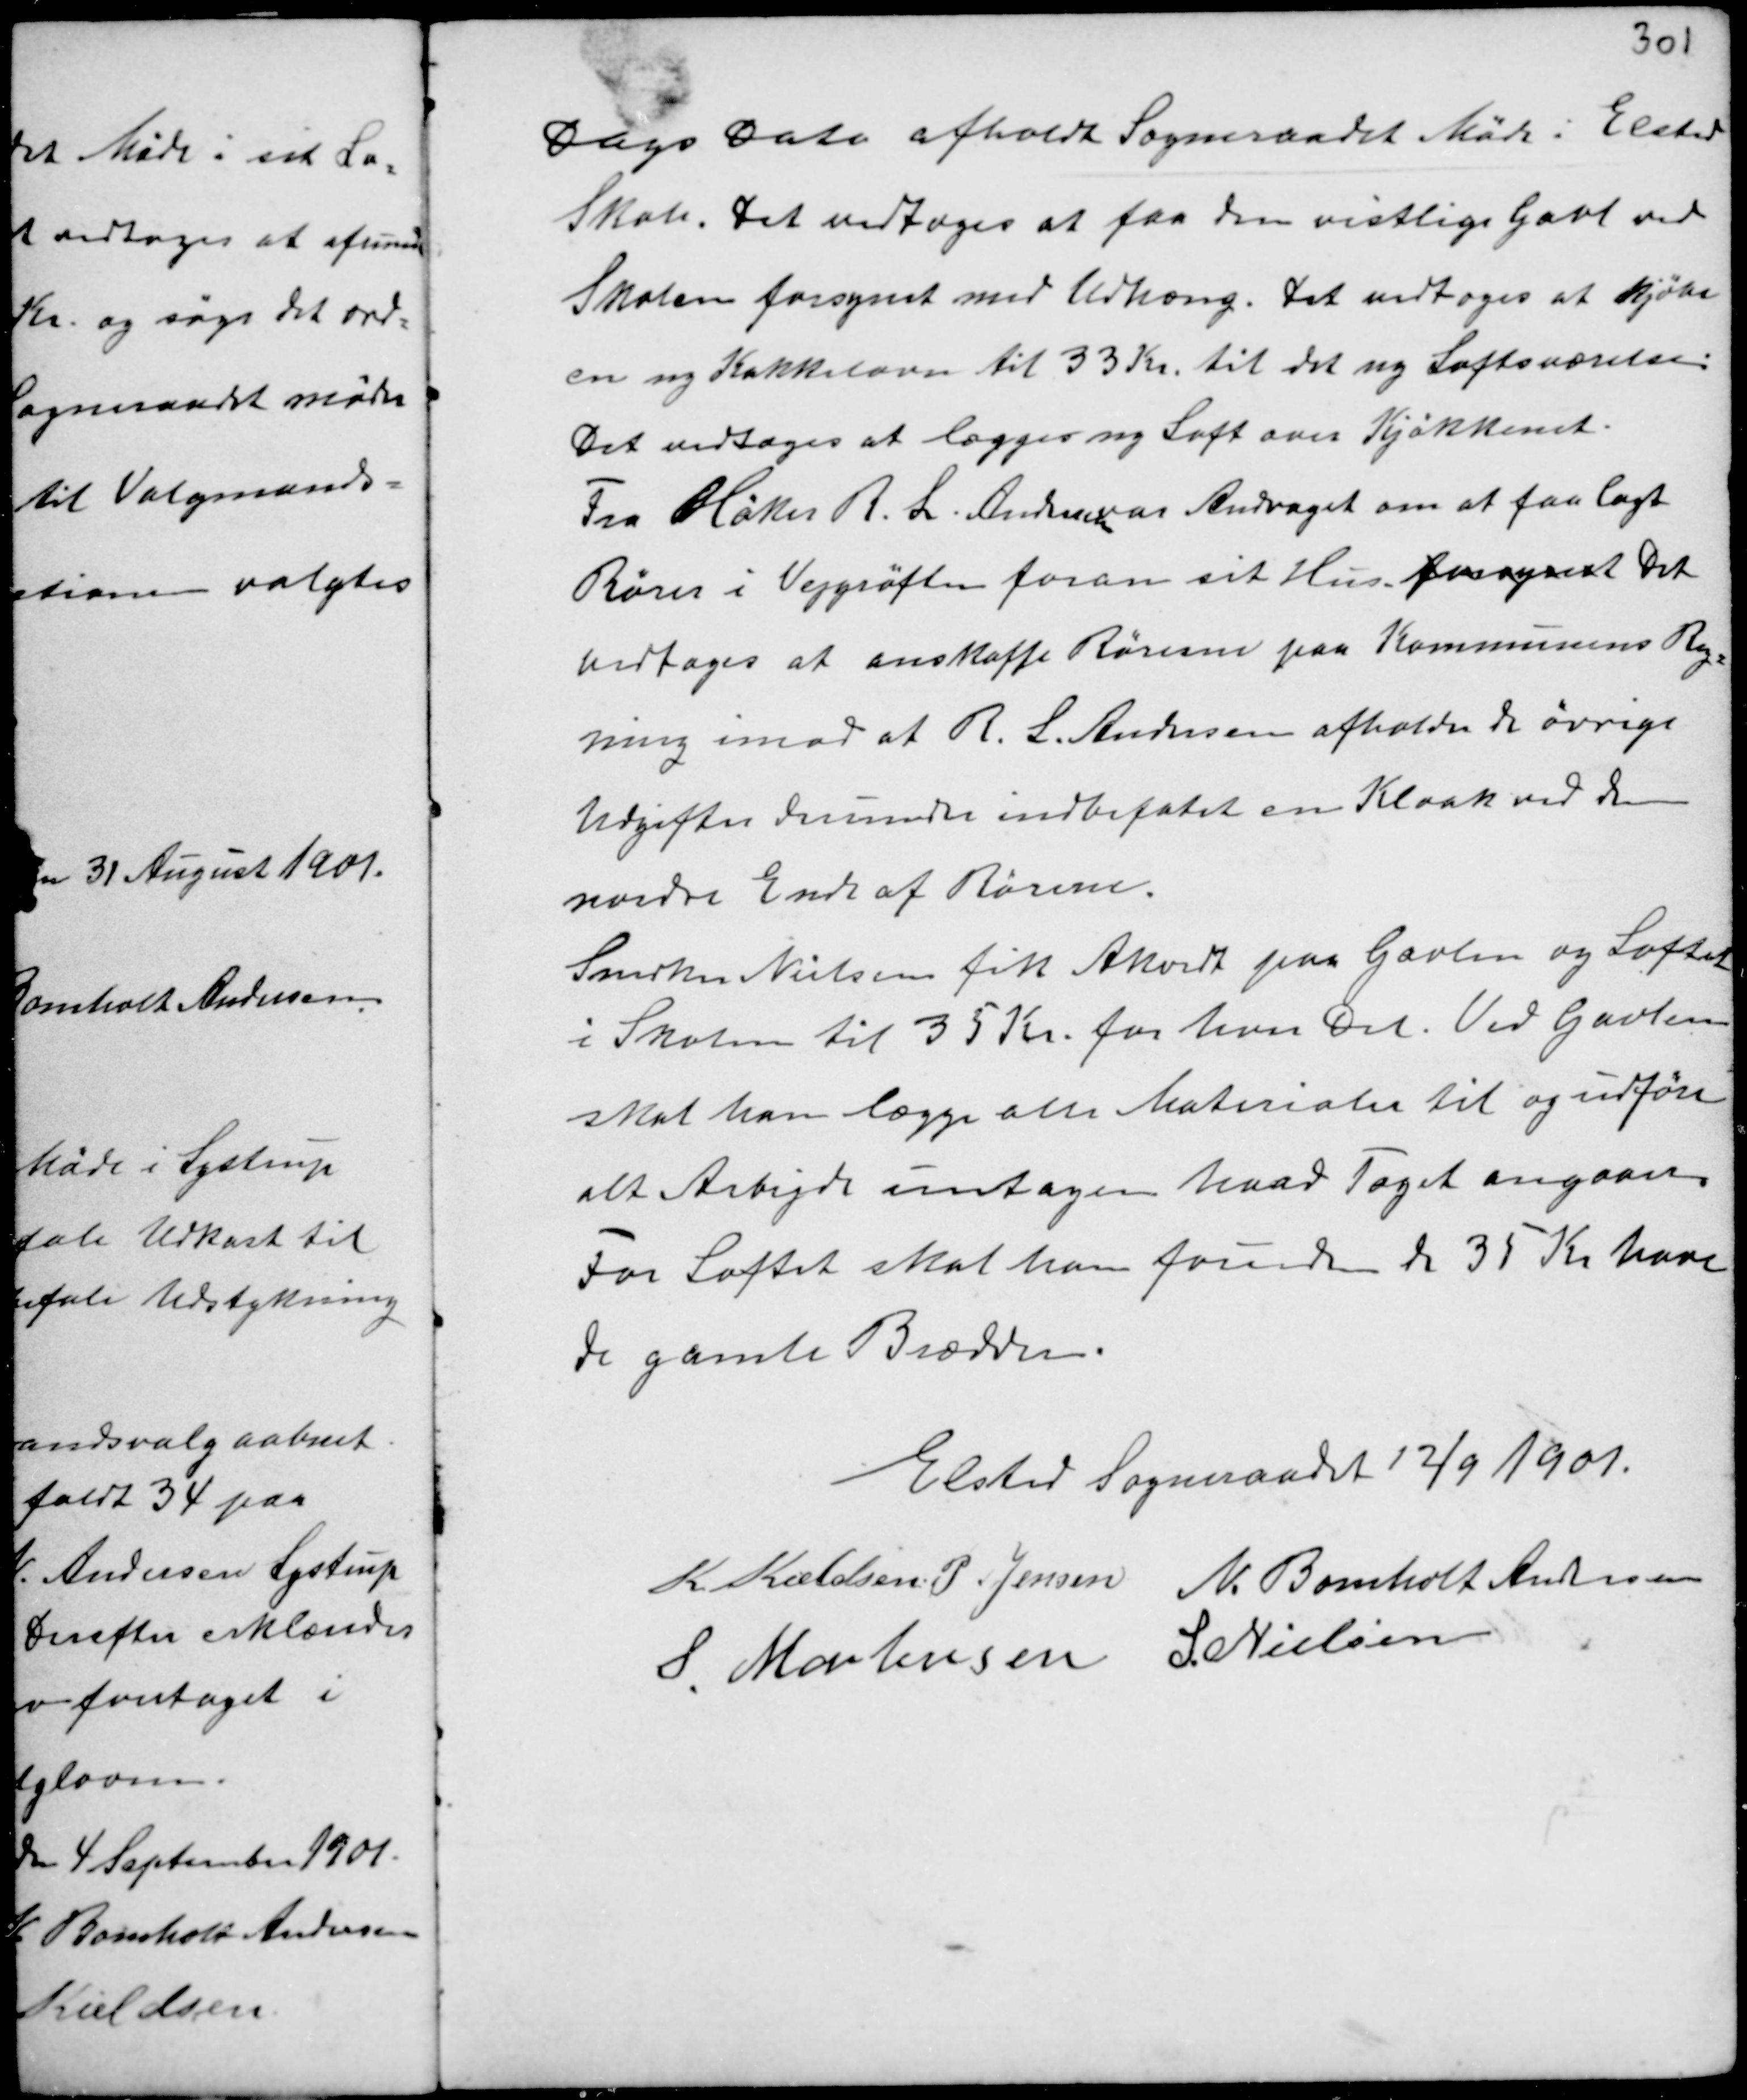
Transskription:
Dags Dato afholdt Sogneraadet Møde i Elsted
Skole. Det vedtoges at faa den vestlige Gavl ved
Skolen forsynet med Udhæng. Det vedtoges at kjøbe
en ny Kakkelovn til 33 Kr. til det ny Loftsværelse.
Det vedtoges at lægges ny Loft over Kjøkkenet.
Fra Høker R. L. Andersen var Andraget om at faa lagt
Rører i Vejgrøften foran sit Hus. forsynet Det
vedtoges at anskaffe Rørerne paa Kommunens Reg-
ning imod at R. L. Andersen afholder de øvrige
Udgifter derunder indbefatet en kloak ved den
nordre Ende af Rørene.
Snedker Nielsen fik Akord paa Gavlen og Loftet
i Skolen til 35 Kr. for hver Del. Ved Gavlen
skal han lægge alle Materialer til og udføre
alt Arbejde untagen hvad Taget angaaer.
For Loftet skal han foruden de 35 Kr have
de gamle Brædder.

Elsted Sogneraad 12/9 1901.
K. Kieldsen N. Bomholt Andersen
S. Mortensen S. Nielsen